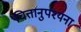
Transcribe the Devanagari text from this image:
चित्तानुपश्यना